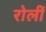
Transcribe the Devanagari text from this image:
रोलीं